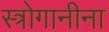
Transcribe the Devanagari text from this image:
स्त्रोगानीना